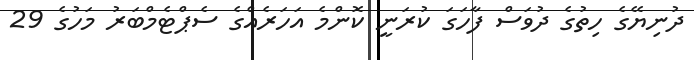
ދުނިޔޭގެ ހިތުގެ ދުވަސް ފާހަގަ ކުރަނީ ކޮންމެ އަހަރެއްގެ ސެޕްޓެމްބަރު މަހުގެ 29